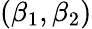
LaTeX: (\beta_{1},\beta_{2})